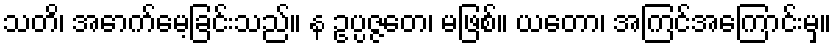
သတိ၊ အောက်မေ့ခြင်းသည်။ န ဥပ္ပဇ္ဇတေ၊ မဖြစ်။ ယတော၊ အကြင်အကြောင်းမှ။